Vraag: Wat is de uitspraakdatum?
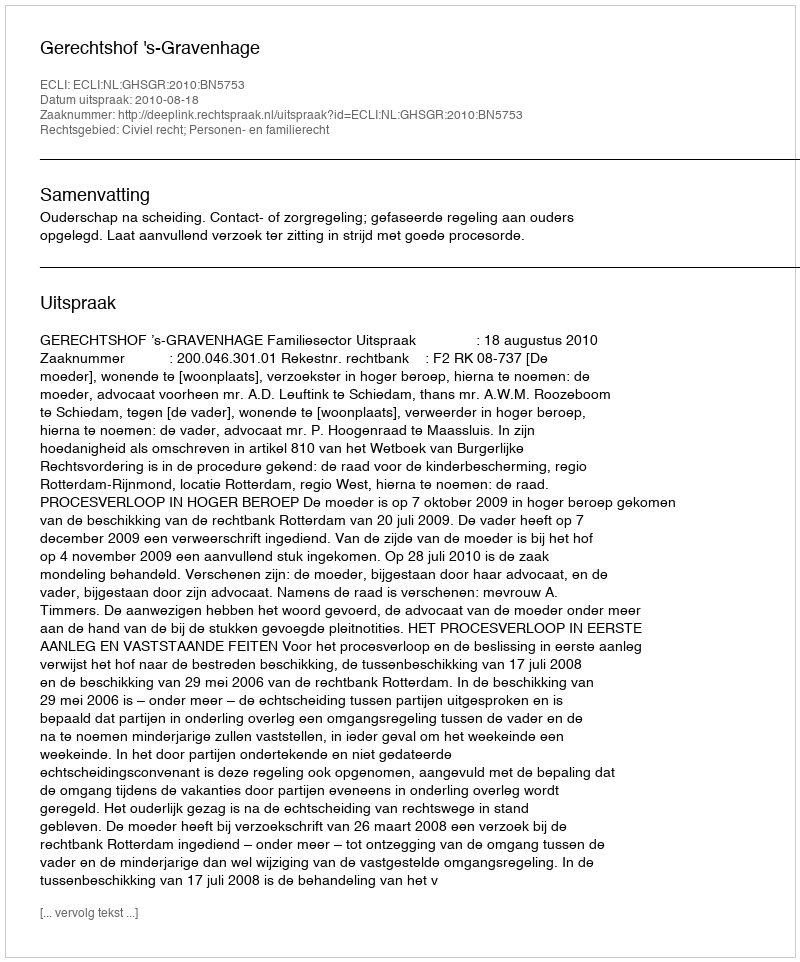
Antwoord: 2010-08-18